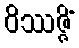
ဝိဿဇ္ဇိံ